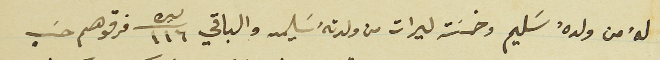
لهُ من ولدهُ سَليم وخمسَت ليرات من ولدتهُ سَليمه والباقي ليره/١١٦ فرقوهم حسَب